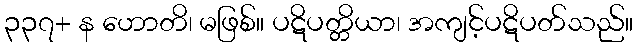
၃၃၇+ န ဟောတိ၊ မဖြစ်။ ပဋိပတ္တိယာ၊ အကျင့်ပဋိပတ်သည်။